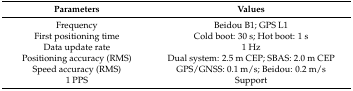
| Parameters | Values |
 | --- | --- |
 | Frequency | Beidou B1; GPS L1 |
 | First positioning time | Cold boot: 30 s; Hot boot: 1 s |
 | Data update rate | 1 Hz |
 | Positioning accuracy (RMS) | Dual system: 2.5 m CEP; SBAS: 2.0 m CEP |
 | Speed accuracy (RMS) | GPS/GNSS: 0.1 m/s; Beidou: 0.2 m/s |
 | 1 PPS | Support |